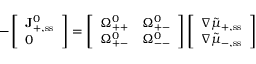
- \left[ \begin{array} { l } { \mathbf { J } _ { + , \ensuremath { \mathrm { s s } } } ^ { 0 } } \\ { 0 } \end{array} \right] = \left[ \begin{array} { l l } { \Omega _ { + + } ^ { 0 } } & { \Omega _ { + - } ^ { 0 } } \\ { \Omega _ { + - } ^ { 0 } } & { \Omega _ { -- } ^ { 0 } } \end{array} \right] \left[ \begin{array} { l } { \nabla \tilde { \mu } _ { + , \ensuremath { \mathrm { s s } } } } \\ { \nabla \tilde { \mu } _ { - , \ensuremath { \mathrm { s s } } } } \end{array} \right]